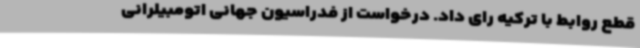
قطع روابط با ترکیه رای داد. درخواست از فدراسیون جهانی اتومبیلرانی